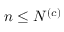
n \leq N ^ { \left( c \right) }